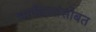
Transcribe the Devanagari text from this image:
भागीदारांसोबत